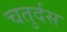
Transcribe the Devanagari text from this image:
चतुर्दस